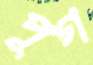
পূগ